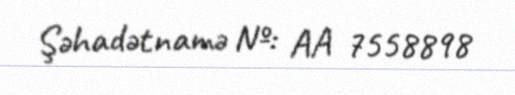
Şəhadətnamə №: AA 7558898